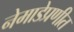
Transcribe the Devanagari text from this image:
नेमाडेप्रणीत